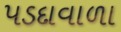
પડદાવાળા